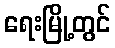
ရေးမြို့တွင်